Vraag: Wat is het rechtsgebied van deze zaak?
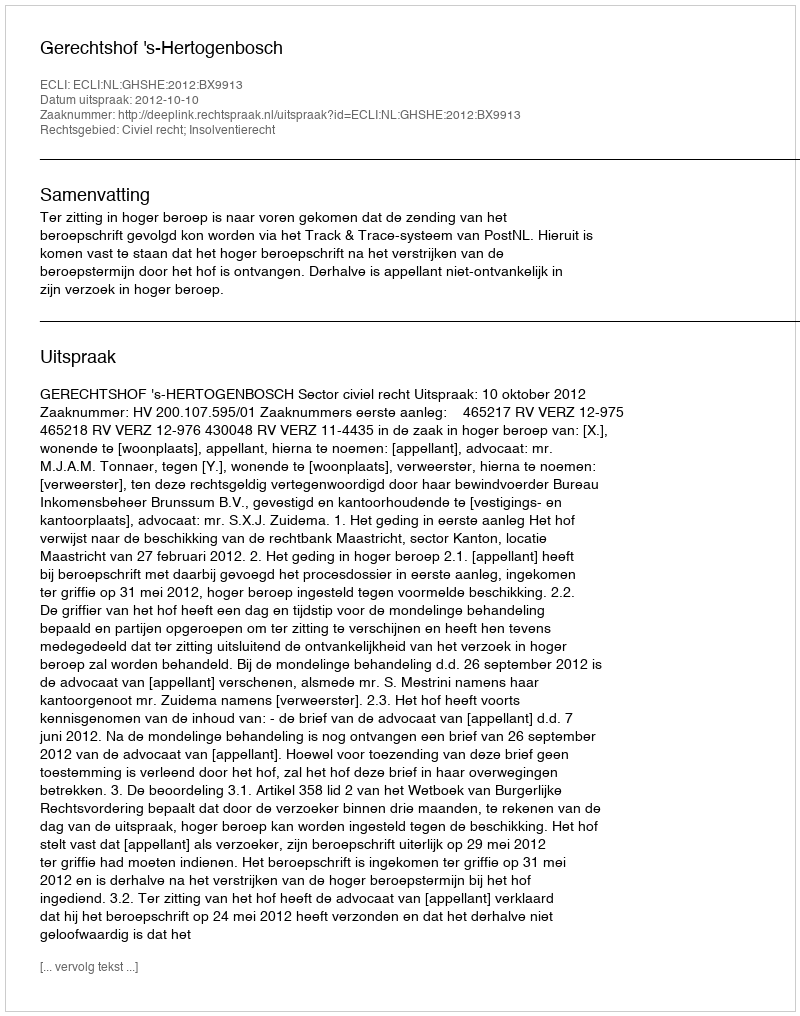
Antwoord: Civiel recht; Insolventierecht